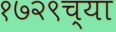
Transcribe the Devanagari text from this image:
१७२९च्या